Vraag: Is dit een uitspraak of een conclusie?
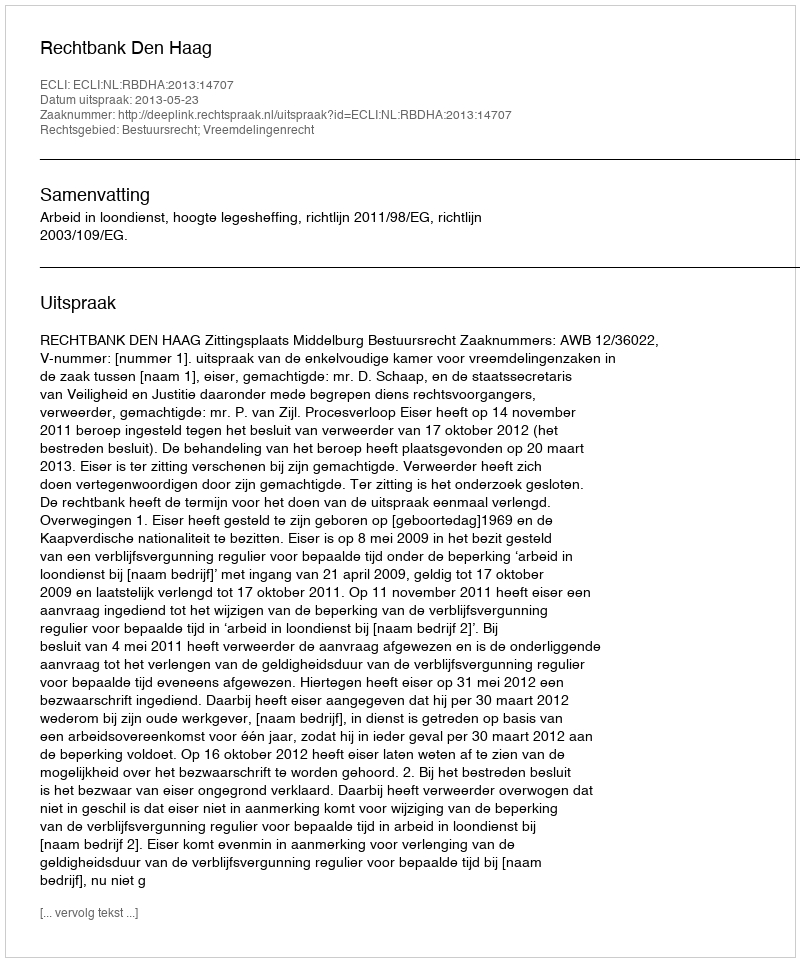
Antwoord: Uitspraak